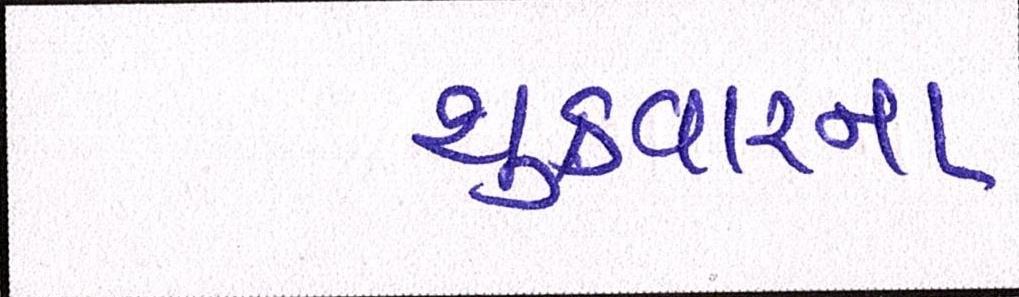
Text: શુક્રવારના